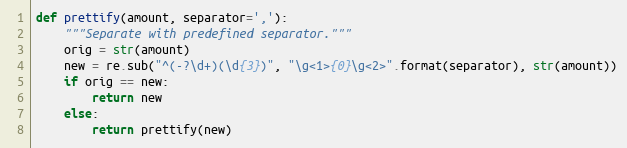
Language: Python
def prettify(amount, separator=','):
    """Separate with predefined separator."""
    orig = str(amount)
    new = re.sub("^(-?\d+)(\d{3})", "\g<1>{0}\g<2>".format(separator), str(amount))
    if orig == new:
        return new
    else:
        return prettify(new)